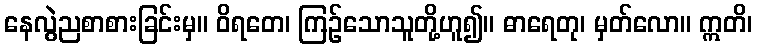
နေလွဲညစာစားခြင်းမှ။ ဝိရတေ၊ ကြဉ်သောသူတို့ဟူ၍။ ဓာရေတု၊ မှတ်လော။ ဣတိ၊